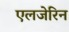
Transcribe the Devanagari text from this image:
एलजेरिन